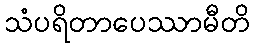
သံပရိတာပေဿာမီတိ